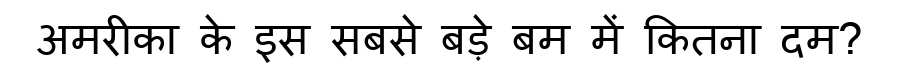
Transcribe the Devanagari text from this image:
अमरीका के इस सबसे बड़े बम में कितना दम?